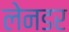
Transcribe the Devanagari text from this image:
लेनडर